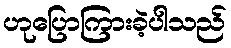
ဟုပြောကြားခဲ့ပါသည်